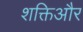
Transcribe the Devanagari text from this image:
शक्तिऔर